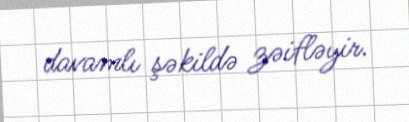
davamlı şəkildə zəifləyir.